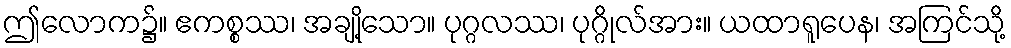
ဤလောက၌။ ဧကစ္စဿ၊ အချို့သော။ ပုဂ္ဂလဿ၊ ပုဂ္ဂိုလ်အား။ ယထာရူပေန၊ အကြင်သို့